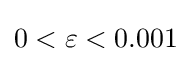
0<\varepsilon <0.001